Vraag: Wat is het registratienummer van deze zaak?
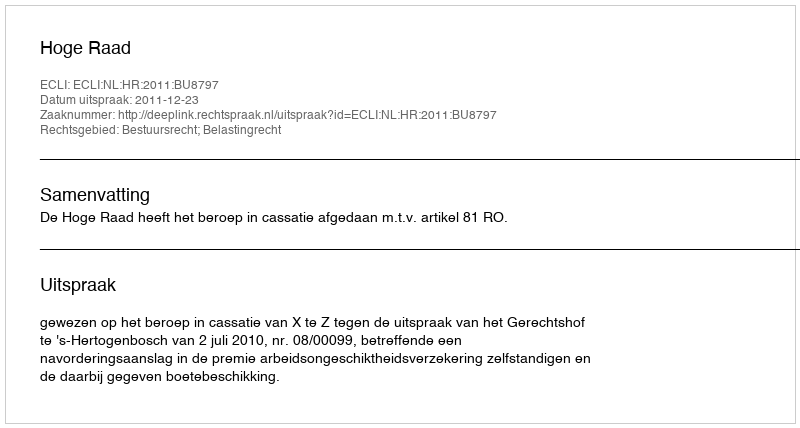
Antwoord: http://deeplink.rechtspraak.nl/uitspraak?id=ECLI:NL:HR:2011:BU8797